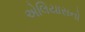
એલિયાસનો